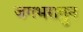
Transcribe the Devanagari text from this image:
जगभरातुन